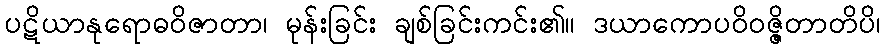
ပဋိယာနုရောဓဝိဇာတာ၊ မုန်းခြင်း ချစ်ခြင်းကင်း၏။ ဒယာကောပဝိဝဇ္ဇိတာတိပိ၊